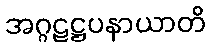
အဂ္ဂဠဋ္ဌပနာယာတိ